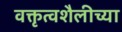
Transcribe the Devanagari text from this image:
वक्तृत्वशैलीच्या